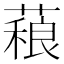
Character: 𰱻